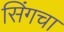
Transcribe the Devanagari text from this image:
सिंगचा